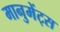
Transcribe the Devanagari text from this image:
मानुमेंट्स